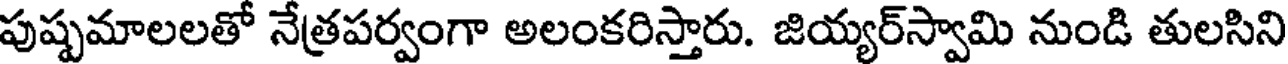
పుష్పమాలలతో నేత్రపర్వంగా అలంకరిస్తారు. జియ్యర్స్వామి నుండి తులసిని